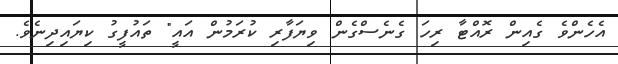
އެހެންވެ ގެއިން ރޮއްޓާ ރިހަ ގެނެސްގެން ވިޔަފާރި ކުރަމުން އައީ" ތައުފީގު ކިޔައިދިނެވެ.